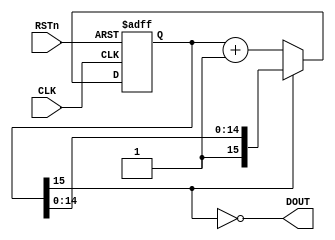

// System Reset Signal Gen

module sys_reset (
	RSTn, CLK, DOUT
);

input RSTn;
input CLK;
output DOUT;

reg [15:0]count;
wire count_up;

	always @(negedge RSTn or posedge CLK) begin
		if(~RSTn)
			count <= 16'h0000;
		else if(count_up==1'b0)
			count <= count + 1;
	end

//	count_up <= '1' when count=X"FFFF" else '0';
	assign count_up = count[15];

	assign DOUT = ~count_up;

endmodule